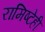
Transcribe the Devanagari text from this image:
रामिष्टेही